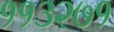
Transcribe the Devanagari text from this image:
११३२७१